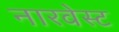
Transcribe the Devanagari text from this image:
नारवेस्ट